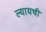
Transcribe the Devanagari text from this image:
ल्यायची